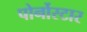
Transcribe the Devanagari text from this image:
पोर्नोस्टार